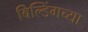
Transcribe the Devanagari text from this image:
बिल्डिंगच्या